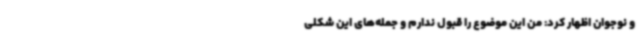
و نوجوان اظهار کرد: من این موضوع را قبول ندارم و جمله‌های این شکلی